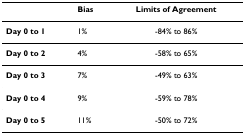
|  | Bias | Limits of Agreement |
 | --- | --- | --- |
 | Day 0 to 1 | 1% | -84% to 86% |
 | Day 0 to 2 | 4% | -58% to 65% |
 | Day 0 to 3 | 7% | -49% to 63% |
 | Day 0 to 4 | 9% | -59% to 78% |
 | Day 0 to 5 | 11% | -50% to 72% |